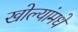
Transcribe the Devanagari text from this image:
खोल्यांमधे